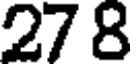
27 8